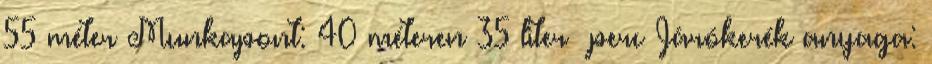
55 méter Munkapont: 40 méteren 35 liter perc Járókerék anyaga: